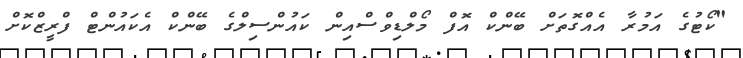
"ކޯޓުގެ އަމުރާ އެއްގޮތަށް ބޭންކް އޮފް މޯލްޑިވްސްއިން ކައުންސިލްގެ ބޭންކް އެކައުންޓް ފްރީޒްކޮށް